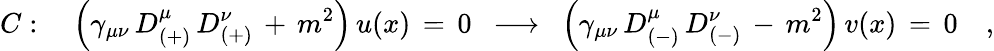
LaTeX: C:\quad\left(\gamma_{\mu\nu}\, D_{(+)}^{\mu}\, D_{(+)}^{\nu}\, +\, m^{2}\right)\, u(x)\, =\, 0\, \, \, \longrightarrow\, \, \, \left(\gamma_{\mu\nu}\, D_{(-)}^{\mu}\, D_{(-)}^{\nu}\, -\, m^{2}\right)\, v(x)\, =\, 0\quad,